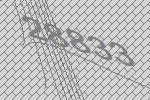
28833